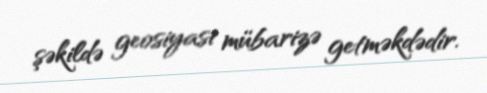
şəkildə geosiyasi mübarizə getməkdədir.